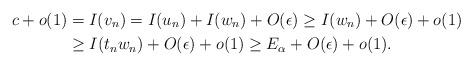
LaTeX: \begin{align*}c + o(1) &= I (v_n)= I(u_n) + I (w_n) + O(\epsilon)\geq I (w_n) + O(\epsilon) + o(1) \\& \geq I (t_n w_n) + O(\epsilon)+ o(1) \geq E_\alpha + O(\epsilon) + o(1).\end{align*}